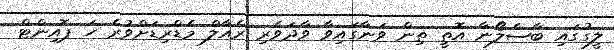
ލީގުގައި ބާސެލޯނާ އޮތީ ތިން ވަނާގައިވާ ވާދަވެރި ރެއާލް މެޑްރިޑަށްވުރެ ހަ ޕޮއިންޓް